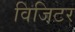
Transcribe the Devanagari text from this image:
विजिटर